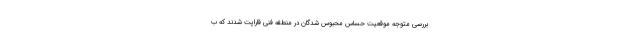
بررسی متوجه موقعیت حساس محبوس شدگان در منطقه فنی قاراپت شدند که ب